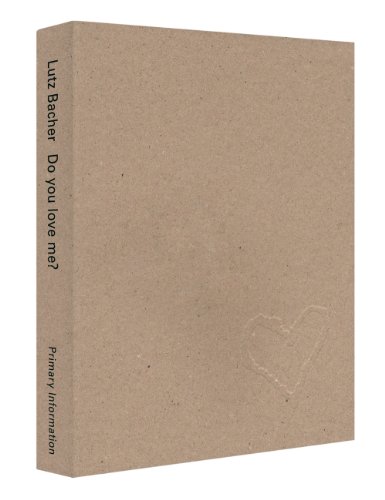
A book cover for Lutz Bacher: Do You Love Me; Arts & Photography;